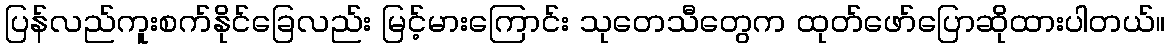
ပြန်လည်ကူးစက်နိုင်ခြေလည်း မြင့်မားကြောင်း သုတေသီတွေက ထုတ်ဖော်ပြောဆိုထားပါတယ်။